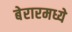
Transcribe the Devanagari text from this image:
बेरारमध्ये